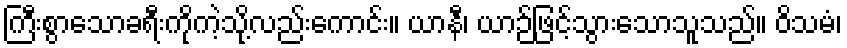
ကြီးစွာသောခရီးကိုကဲ့သို့လည်းကောင်း။ ယာနီ၊ ယာဉ်ဖြင့်သွားသောသူသည်။ ဝိသမံ၊